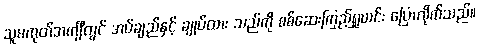
သူမကုတ်အင်္ကျီတွင် အပ်ချည်နှင့် ချုပ်ထား သည်ကို စစ်ဆေးကြည့်ရှုယင်း ပြောလိုက်သည်။